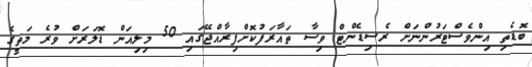
ބޮޑެތި އިންވެސްޓަރުންނަށް ރެސިޑެންޓް ވިސާ ތައާރަފުކޮށްފިރާއްޖޭގައި 50 މިލިއަން ޑޮލަރަށް ވުރެ މަތީގެ